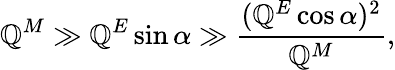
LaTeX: \mathbb{Q}^{M}\gg\mathbb{Q}^{E}\sin\alpha\gg\frac{{(\mathbb{Q}^{E}\cos\alpha)^{2}}}{{\mathbb{Q}^{M}}},